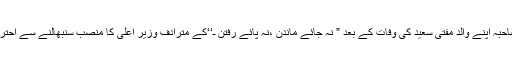
محبوبہ مفتی صاحبہ اپنے والد مفتی سعید کی وفات کے بعد ” نہ جائے ماندن ،نہ پائے رفتن ـ‘‘کے مترادف وزیر اعلیٰ کا منصب سنبھالنے سے احتراز کررہی ہے ۔